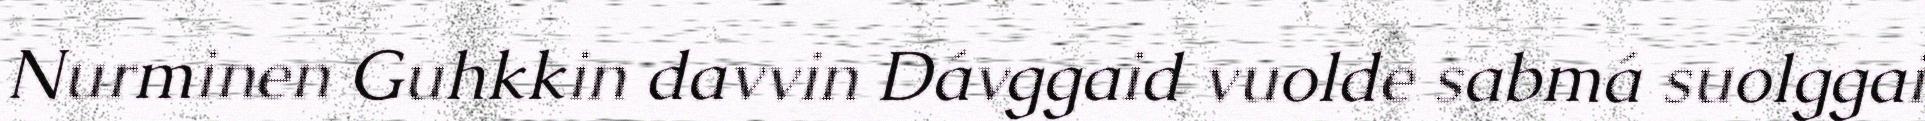
Nurminen Guhkkin davvin Dávggaid vuolde sabmá suolggai